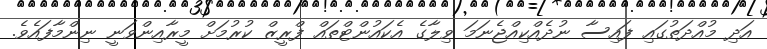
އަދި މުއްދަތުގައި ފައިސާ ނުދެއްކިއްޖެނަމަ ވިލާގެ އެކައުންޓްތައް ފްރީޒް ކުރުމަށް މީރާއިންވަނީ ނިންމާފައެވެ.